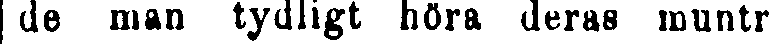
de man tydligt höra deras muntr